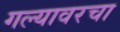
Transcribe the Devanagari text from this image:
गल्यावरचा